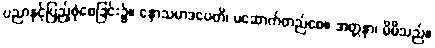
ပညာနှင့်ပြည့်စုံစေခြင်း၌။ နောသမာဒပေတိ၊ မဆောက်တည်စေ။ အတ္တနာ၊ မိမိသည်။